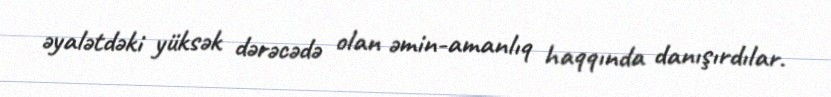
əyalətdəki yüksək dərəcədə olan əmin-amanlıq haqqında danışırdılar.